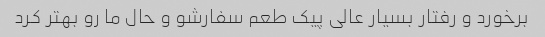
برخورد و رفتار بسیار عالی پیک طعم سفارشو و حال ما رو بهتر کرد